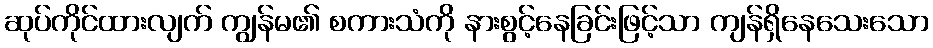
ဆုပ်ကိုင်ထားလျက် ကျွန်မ၏ စကားသံကို နားစွင့်နေခြင်းဖြင့်သာ ကျန်ရှိနေသေးသော